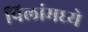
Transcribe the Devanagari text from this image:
पिलांमध्ये